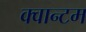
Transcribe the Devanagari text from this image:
क्‍वान्‍टम